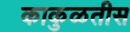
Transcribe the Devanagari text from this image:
काकुळतीस